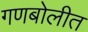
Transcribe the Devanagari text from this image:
गणबोलीत